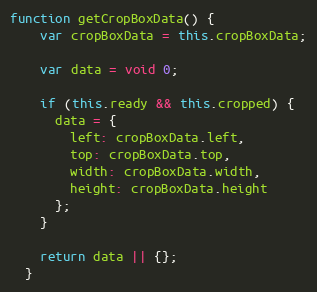
Language: JavaScript
function getCropBoxData() {
    var cropBoxData = this.cropBoxData;

    var data = void 0;

    if (this.ready && this.cropped) {
      data = {
        left: cropBoxData.left,
        top: cropBoxData.top,
        width: cropBoxData.width,
        height: cropBoxData.height
      };
    }

    return data || {};
  }